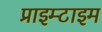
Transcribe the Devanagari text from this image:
प्राइम्टाइम